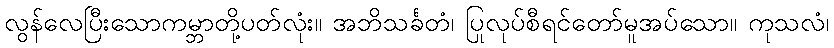
လွန်လေပြီးသောကမ္ဘာတို့ပတ်လုံး။ အဘိသင်္ခတံ၊ ပြုလုပ်စီရင်တော်မူအပ်သော။ ကုသလံ၊